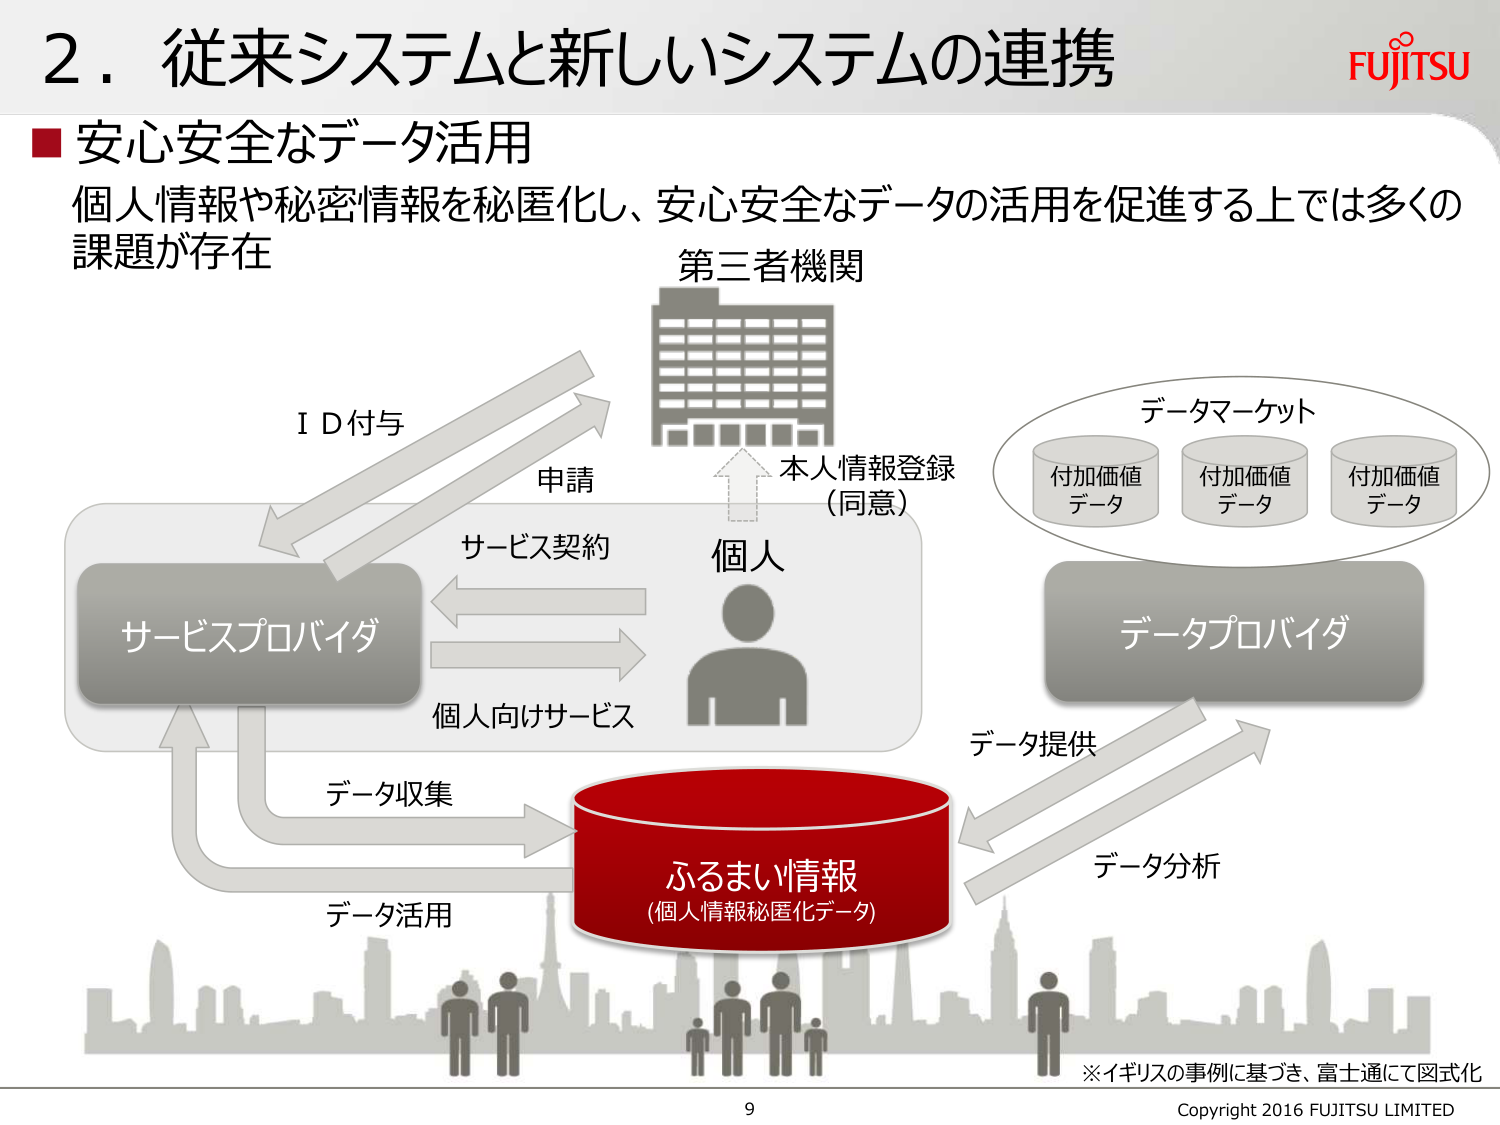
2．従来システムと新しいシステムの連携

■安心安全なデータ活用
個人情報や秘密情報を秘匿化し、安心安全なデータの活用を促進する上では多くの課題が存在

第三者機関

ＩＤ付与
申請
本人情報登録
（同意）

サービスプロバイダ
サービス契約
個人向けサービス

個人

データマーケット
付加価値データ
付加価値データ
付加価値データ

データプロバイダ

データ提供
データ分析

ふるまい情報
(個人情報秘匿化データ)

データ収集
データ活用

※イギリスの事例に基づき、富士通にて図式化

9
Copyright 2016 FUJITSU LIMITED

FUJITSU